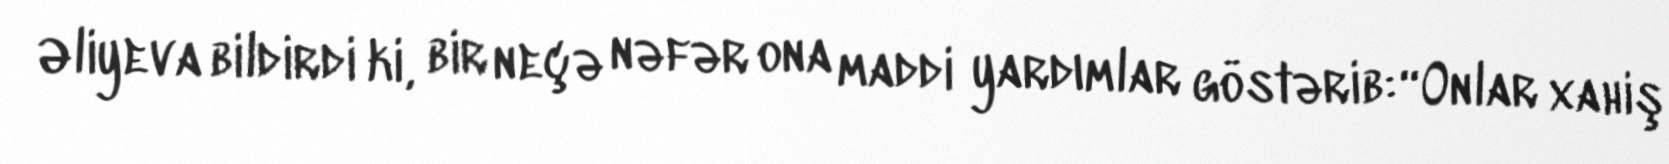
Əliyeva bildirdi ki, bir neçə nəfər ona maddi yardımlar göstərib: “Onlar xahiş